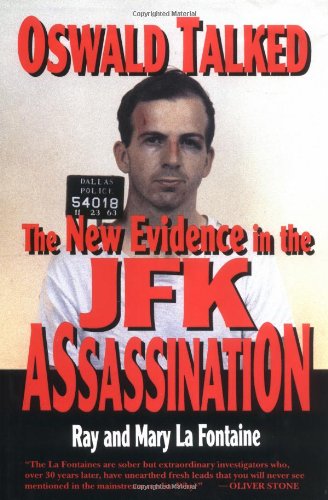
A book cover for Oswald Talked: The New Evidence in the JFK Assassination; Ray LaFontaine; Biographies & Memoirs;